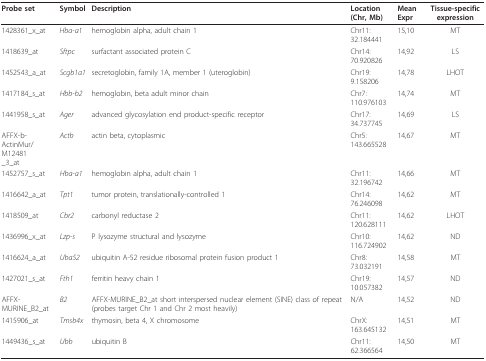
<table><thead><tr><td><b>Probe set</b></td><td><b>Symbol</b></td><td><b>Description</b></td><td><b>Location (Chr, Mb)</b></td><td><b>Mean Expr</b></td><td><b>Tissue-specific expression</b></td></tr></thead><tbody><tr><td>1428361_x_at</td><td><i>Hba-a1</i></td><td>hemoglobin alpha, adult chain 1</td><td>Chr11: 32.184441</td><td>15,10</td><td>MT</td></tr><tr><td>1418639_at</td><td><i>Sftpc</i></td><td>surfactant associated protein C</td><td>Chr14: 70.920826</td><td>14,92</td><td>LS</td></tr><tr><td>1452543_a_at</td><td><i>Scgb1a1</i></td><td>secretoglobin, family 1A, member 1 (uteroglobin)</td><td>Chr19: 9.158206</td><td>14,78</td><td>LHOT</td></tr><tr><td>1417184_s_at</td><td><i>Hbb-b2</i></td><td>hemoglobin, beta adult minor chain</td><td>Chr7: 110.976103</td><td>14,74</td><td>MT</td></tr><tr><td>1441958_s_at</td><td><i>Ager</i></td><td>advanced glycosylation end product-specific receptor</td><td>Chr17: 34.737745</td><td>14,69</td><td>LS</td></tr><tr><td>AFFX-b-ActinMur/M12481_3_at</td><td><i>Actb</i></td><td>actin beta, cytoplasmic</td><td>Chr5: 143.665528</td><td>14,67</td><td>MT</td></tr><tr><td>1452757_s_at</td><td><i>Hba-a1</i></td><td>hemoglobin alpha, adult chain 1</td><td>Chr11: 32.196742</td><td>14,66</td><td>MT</td></tr><tr><td>1416642_a_at</td><td><i>Tpt1</i></td><td>tumor protein, translationally-controlled 1</td><td>Chr14: 76.246098</td><td>14,62</td><td>MT</td></tr><tr><td>1418509_at</td><td><i>Cbr2</i></td><td>carbonyl reductase 2</td><td>Chr11: 120.628111</td><td>14,62</td><td>LHOT</td></tr><tr><td>1436996_x_at</td><td><i>Lzp-s</i></td><td>P lysozyme structural and lysozyme</td><td>Chr10: 116.724902</td><td>14,62</td><td>ND</td></tr><tr><td>1416624_a_at</td><td><i>Uba52</i></td><td>ubiquitin A-52 residue ribosomal protein fusion product 1</td><td>Chr8: 73.032191</td><td>14,58</td><td>MT</td></tr><tr><td>1427021_s_at</td><td><i>Fth1</i></td><td>ferritin heavy chain 1</td><td>Chr19: 10.057382</td><td>14,57</td><td>ND</td></tr><tr><td>AFFX-MURINE_B2_at</td><td><i>B2</i></td><td>AFFX-MURINE_B2_at short interspersed nuclear element (SINE) class of repeat (probes target Chr 1 and Chr 2 most heavily)</td><td>N/A</td><td>14,52</td><td>ND</td></tr><tr><td>1415906_at</td><td><i>Tmsb4x</i></td><td>thymosin, beta 4, X chromosome</td><td>ChrX: 163.645132</td><td>14,51</td><td>MT</td></tr><tr><td>1449436_s_at</td><td><i>Ubb</i></td><td>ubiquitin B</td><td>Chr11: 62.366564</td><td>14,50</td><td>MT</td></tr></tbody></table>